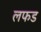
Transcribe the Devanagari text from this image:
लफड